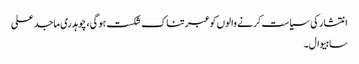
انتشار کی سیاست کرنے والوں کو عبرتناک شکست ہوگی، چوہدری ماجد علی
ساہیوال۔